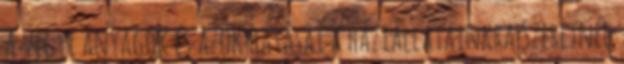
A vegyi anyagok és azok hatásai a háziállatainkra Szeretnéd